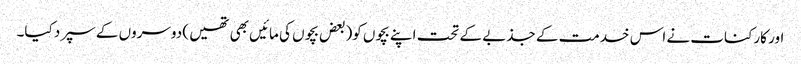
اور کارکنات نے اس خدمت کے جذبے کے تحت اپنے بچوں کو(بعض بچوں کی مائیں بھی تھیں ) دوسروں کے سپرد کیا۔